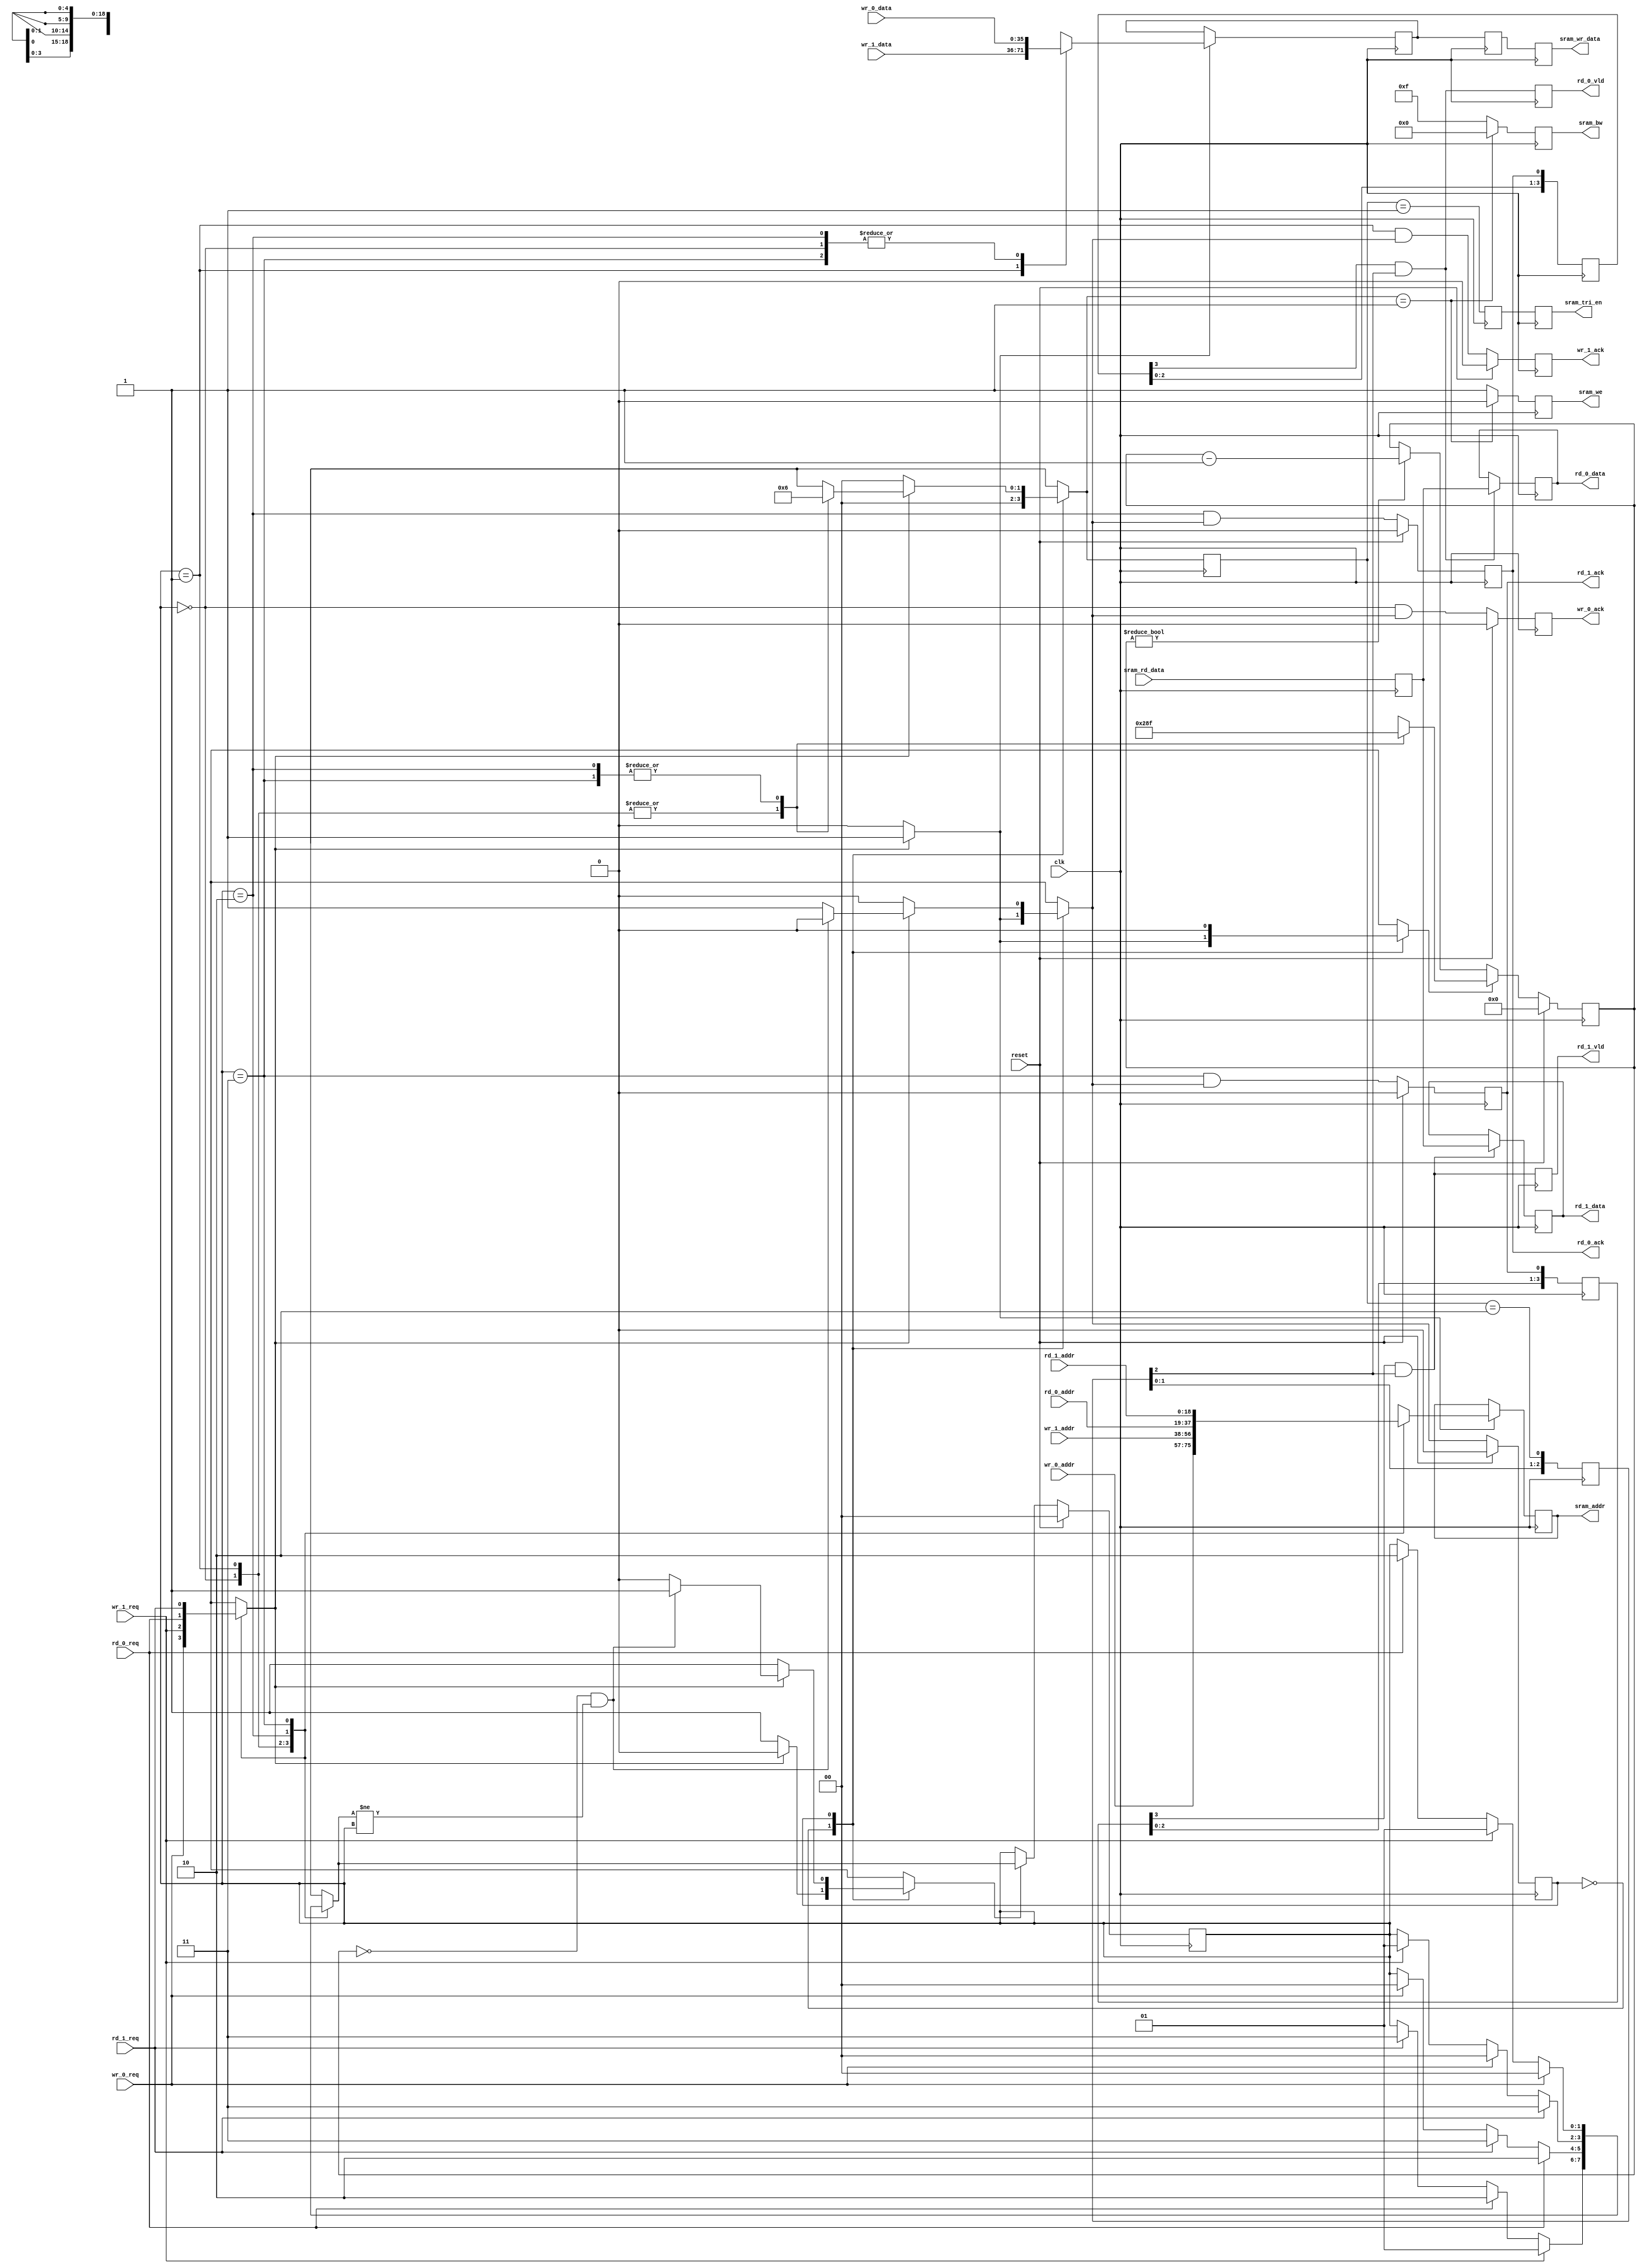
///////////////////////////////////////////////////////////////////////////////
// vim:set shiftwidth=3 softtabstop=3 expandtab:
// $Id: cnet_sram_sm.v 6061 2010-04-01 20:53:23Z grg $
//
// Module: cnet_sram_sm.v
// Project: NetFPGA-1G
// Description: CNET SRAM controller
//
// Accepts requests for reading or writing and then services them in some
// sort of round-robin order.
//
// Set up to drive a Cypress cy7c1370 NOBL part (512Kx36), but anything with
// two clock delay from addr to data should be OK.
//
// We do not exploit the NOBL feature but instead we provide a bus turn around
// cycle because we can afford to do it.
//
///////////////////////////////////////////////////////////////////////////////

`timescale  1ns /  10ps
module cnet_sram_sm  #(parameter SRAM_ADDR_WIDTH = 19,
                       parameter SRAM_DATA_WIDTH = 36 )

   (

   // --- Requesters (read and/or write)

   input                               wr_0_req,
   input      [SRAM_ADDR_WIDTH-1:0]    wr_0_addr,
   input      [SRAM_DATA_WIDTH-1:0]    wr_0_data,
   output reg                          wr_0_ack,

   input                               wr_1_req,
   input      [SRAM_ADDR_WIDTH-1:0]    wr_1_addr,
   input      [SRAM_DATA_WIDTH-1:0]    wr_1_data,
   output reg                          wr_1_ack,

   input                               rd_0_req,
   input      [SRAM_ADDR_WIDTH-1:0]    rd_0_addr,
   output reg [SRAM_DATA_WIDTH-1:0]    rd_0_data,
   output reg                          rd_0_ack,
   output reg                          rd_0_vld,

   input                               rd_1_req,
   input      [SRAM_ADDR_WIDTH-1:0]    rd_1_addr,
   output reg [SRAM_DATA_WIDTH-1:0]    rd_1_data,
   output reg                          rd_1_ack,
   output reg                          rd_1_vld,

   // --- SRAM signals (pins and control)

   output reg [SRAM_ADDR_WIDTH-1:0]    sram_addr,
   output reg                          sram_we,
   output reg [SRAM_DATA_WIDTH/9-1:0]  sram_bw,
   output reg [SRAM_DATA_WIDTH-1:0]    sram_wr_data,
   input      [SRAM_DATA_WIDTH-1:0]    sram_rd_data,
   output reg                          sram_tri_en,

   // --- Misc

   input reset,
   input clk

   );

   //
   // --- The state machine
   //

   reg [1:0] access, access_nxt, req_type;
   reg       state, state_nxt, ack_nxt, ld_count,choose_nxt;
   reg [4:0] count, count_next;
   reg       request, ld_addr;
   reg [2:0] is_read;   // need to track the delayed access type to decide when
                        // the read data is valid.
   reg [SRAM_DATA_WIDTH-1:0] rd_data;

   reg [1:0] current_port, next_port;

   always @(posedge clk) rd_data <= sram_rd_data;

   // specify different access types. (NULL becomes a read)

   parameter NULL = 0,
             WRITE = 1,
             READ = 2;

   parameter IDLE = 0,
             BUSY = 1;

   always @* begin

      // set defaults

      ack_nxt    = 0;
      ld_count   = 0;
      state_nxt  = state;
      access_nxt = NULL;
      choose_nxt = 0;
      ld_addr = 0;

      case (state)

        IDLE: begin

           if (request) begin  // go service the request
              ack_nxt = 1;
              ld_count = 1;
              ld_addr = 1;
              state_nxt = BUSY;
           end
           else                // Still nuthing happenin'
             begin
                choose_nxt = 1;
             end
        end

        BUSY: begin

           if (!request) begin
              choose_nxt = 1;
              state_nxt = IDLE;
           end
           else if (count == 0 && next_port!=current_port) begin
              choose_nxt = 1;
              ld_addr    = 1;  // latch the selected address (and wr data)
              access_nxt = req_type;
              state_nxt  = IDLE;
           end
           else begin
              ack_nxt = 1;
              ld_addr = 1;  // latch the selected address (and wr data)
              access_nxt = req_type;
           end

        end

      endcase
   end // always @ *

   always @(posedge clk)
     if (reset) state <= IDLE;
     else state <= state_nxt;

   // simple counter to decide when to pre-empt current requester

   always @(posedge clk)
     if (reset) count <= 'h0;
     else
       if (ld_count) count <= count_next;
       else if (count != 0) count <= count - 1;

   //
   // --- OK, now we choose which port to service
   //

   parameter WR_0 = 0,
             WR_1 = 1,
             RD_0 = 2,
             RD_1 = 3;

   /* skew the counts so writes have more bw
    * This is needed to not have drops at the rx queues */
   always @* begin

      next_port = current_port;
      count_next = 20;

      case (current_port)

        WR_0: begin
           if (wr_1_req) next_port = WR_1;
           else if (rd_0_req) next_port = RD_0;
           else if (rd_1_req) next_port = RD_1;
           count_next = 20;
        end

        WR_1: begin
           if (rd_0_req) next_port = RD_0;
           else if (rd_1_req) next_port = RD_1;
           else if (wr_0_req) next_port = WR_0;
           count_next = 20;
        end

        RD_0: begin
           if (rd_1_req) next_port = RD_1;
           else if (wr_0_req) next_port = WR_0;
           else if (wr_1_req) next_port = WR_1;
           count_next = 15;
        end

        RD_1: begin
           if (wr_0_req) next_port = WR_0;
           else if (wr_1_req) next_port = WR_1;
           else if (rd_0_req) next_port = RD_0;
           count_next = 15;
        end

      endcase

   end

   always @(posedge clk)
     if (reset)
       current_port <= WR_0;
     else
       current_port <= (choose_nxt) ? next_port : current_port;

   // select/decode various signals

   reg [SRAM_ADDR_WIDTH-1:0]  addr_nxt;
   reg [SRAM_DATA_WIDTH-1:0]  wr_data_early_nxt, wr_data_early,wr_data_ph1 ;
   reg                        tri_en_ph1;

   always @* begin

      wr_data_early_nxt = wr_0_data;

      case (current_port)
        WR_0 : begin
           request  = wr_0_req;
           addr_nxt = wr_0_addr;
           wr_data_early_nxt = wr_0_data;
           req_type = WRITE;
        end
        WR_1 : begin
           request  = wr_1_req;
           addr_nxt = wr_1_addr;
           wr_data_early_nxt = wr_1_data;
           req_type = WRITE;
        end
        RD_0 : begin
           request  = rd_0_req;
           addr_nxt = rd_0_addr;
           req_type = READ;
        end
        RD_1 : begin
           request  = rd_1_req;
           addr_nxt = rd_1_addr;
           req_type = READ;
        end
        default: begin
           request = 0;
           addr_nxt = sram_addr;
           req_type = 0;
        end
      endcase
   end

   // Generate signals to the SRAM

   // latch the address and write data. Delay data by two extra clocks.

   reg [3:0] rd_0_ack_del, rd_1_ack_del;

   always @(posedge clk) begin
      sram_addr      <= (ld_addr) ? addr_nxt : sram_addr;
      wr_data_early  <= (ld_addr) ? wr_data_early_nxt : wr_data_early;
      wr_data_ph1    <= wr_data_early;
      sram_wr_data   <=
                        // synthesis translate_off
                        #2
                        // synthesis translate_on
                        wr_data_ph1;
      sram_we        <= (access_nxt == WRITE) ? 0 : 1;  // active low
      sram_bw        <= (access_nxt == WRITE) ? 'h0 : ~ 'h0;  // active low
      access         <= access_nxt;
      tri_en_ph1     <= (access == WRITE);
      sram_tri_en    <=
                        // synthesis translate_off
                        #2
                        // synthesis translate_on
                        tri_en_ph1;

      wr_0_ack <= reset ? 0 : (current_port == WR_0) & ack_nxt;
      wr_1_ack <= reset ? 0 : (current_port == WR_1) & ack_nxt;
      rd_0_ack <= reset ? 0 : (current_port == RD_0) & ack_nxt;
      rd_1_ack <= reset ? 0 : (current_port == RD_1) & ack_nxt;

      // delay the rd_ack signals in order to generate the valid signals
      rd_0_ack_del <= {rd_0_ack_del[2:0],rd_0_ack};
      rd_1_ack_del <= {rd_1_ack_del[2:0],rd_1_ack};

      // delay the access type so we can tell when it was a read
      is_read       <= {is_read[1:0],(access == READ)};

      rd_0_vld <= rd_0_ack_del[3] & is_read[2];
      rd_1_vld <= rd_1_ack_del[3] & is_read[2];
      rd_0_data <= (rd_0_ack_del[3] & is_read[2]) ? rd_data : rd_0_data;
      rd_1_data <= (rd_1_ack_del[3] & is_read[2]) ? rd_data : rd_1_data;
   end

   // synthesis translate_off

   // Synthesis code to set the we flag to 0 on startup to remove the annoying
   // "Cypress SRAM stores 'h xxxxxxxxx at addr 'h xxxxx" messages at the
   // beginning of the log file until the clock starts running.
   initial
   begin
      sram_we = 1;
   end

   // synthesis translate_on

endmodule // cnet_sram_sm